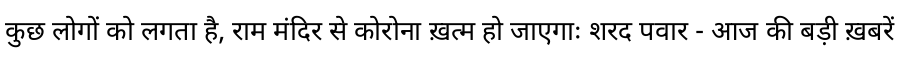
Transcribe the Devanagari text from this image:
कुछ लोगों को लगता है, राम मंदिर से कोरोना ख़त्म हो जाएगाः शरद पवार - आज की बड़ी ख़बरें